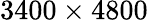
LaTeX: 3400\times 4800